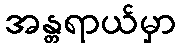
အန္တရာယ်မှာ